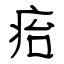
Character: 㾂